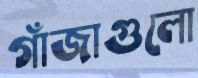
গাঁজাগুলো